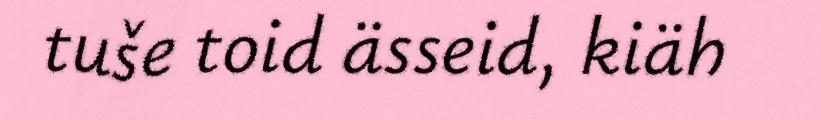
tuše toid ässeid, kiäh